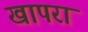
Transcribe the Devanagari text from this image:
खापरा